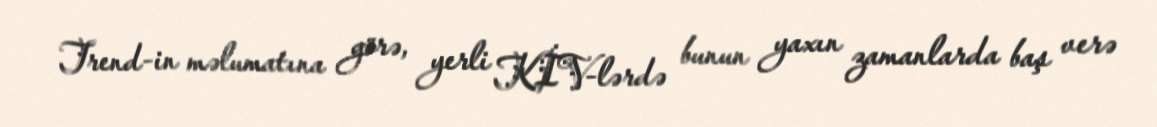
Trend-in məlumatına görə, yerli KİV-lərdə bunun yaxın zamanlarda baş verə